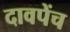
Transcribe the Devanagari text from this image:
दावपेंच